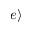
| e \rangle